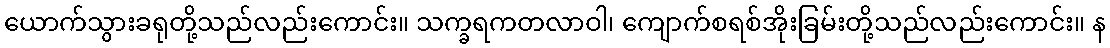
ယောက်သွားခရုတို့သည်လည်းကောင်း။ သက္ခရကတလာဝါ၊ ကျောက်စရစ်အိုးခြမ်းတို့သည်လည်းကောင်း။ န